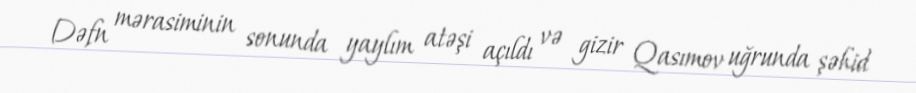
Dəfn mərasiminin sonunda yaylım atəşi açıldı və gizir Qasımov uğrunda şəhid